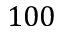
1 0 0